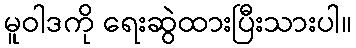
မူဝါဒကို ရေးဆွဲထားပြီးသားပါ။